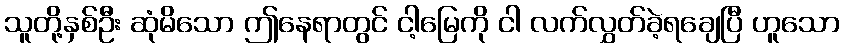
သူတို့နှစ်ဦး ဆုံမိသော ဤနေရာတွင် ငါ့မြေကို ငါ လက်လွှတ်ခဲ့ရချေပြီ ဟူသော